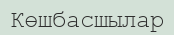
Көшбасшылар